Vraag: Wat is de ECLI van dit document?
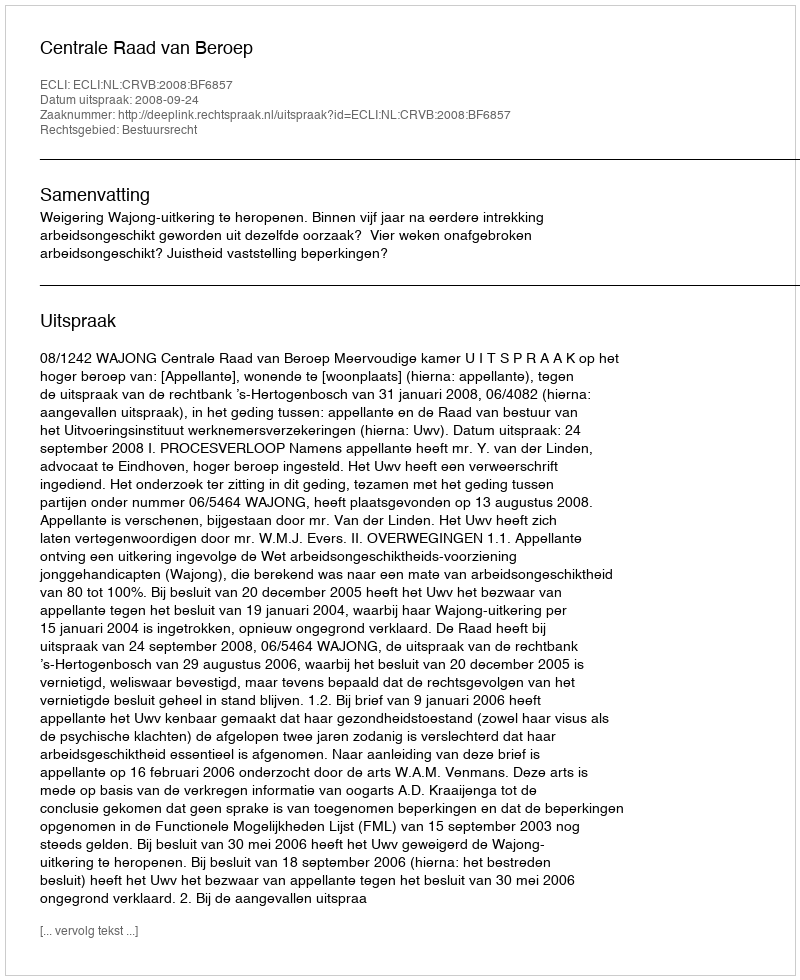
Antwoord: ECLI:NL:CRVB:2008:BF6857